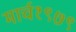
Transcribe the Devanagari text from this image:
मार्च१९७९